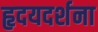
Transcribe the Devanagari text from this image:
हृदयदर्शना